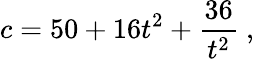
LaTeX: c=50+16t^{2}+{\frac{36}{t^{2}}}\ ,